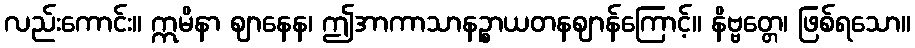
လည်းကောင်း။ ဣမိနာ ဈာနေန၊ ဤအာကာသာနဉ္စာယတနဈာန်ကြောင့်။ နိဗ္ဗတ္တေ၊ ဖြစ်ရသော။